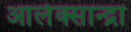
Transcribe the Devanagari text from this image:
आलेक्सान्द्रा